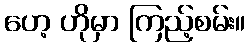
ဟေ့ ဟိုမှာ ကြည့်စမ်း။